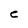
Character: C